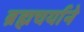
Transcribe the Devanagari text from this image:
ब्रह्मचर्याने